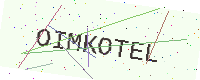
Text: OIMKOTEL